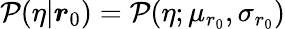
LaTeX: \begin{array}{r}{\mathcal{P}(\eta|\boldsymbol{r}_{0})=\mathcal{P}(\eta;\mu_{r_{0}},\sigma_{r_{0}})}\end{array}